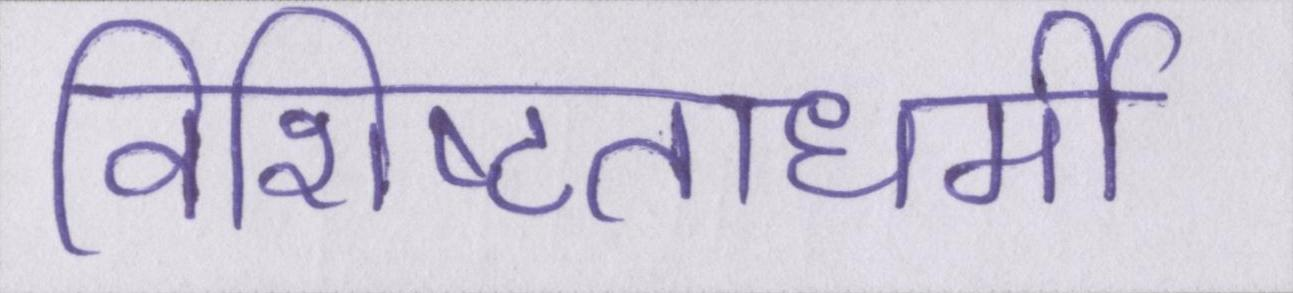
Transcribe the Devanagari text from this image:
विशिष्टताधर्मी